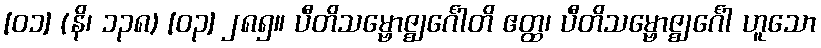
[၀၁] (နိ၊ ၁၃၈) [၀၃] ၂၈၅။ ပီတိသမ္ဗောဇ္ဈင်္ဂေါတိ ဧတ္ထ၊ ပီတိသမ္ဗောဇ္ဈင်္ဂေါ ဟူသော